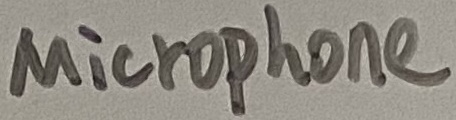
Text: Microphone